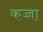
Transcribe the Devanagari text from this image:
कज्जा